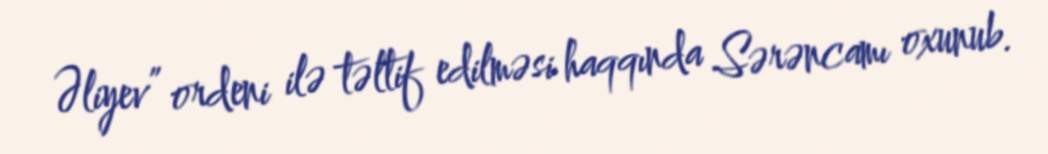
Əliyev” ordeni ilə təltif edilməsi haqqında Sərəncamı oxunub.